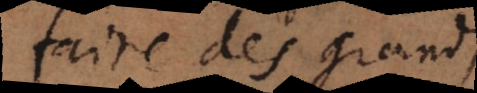
faire des grands